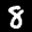
Label: 8